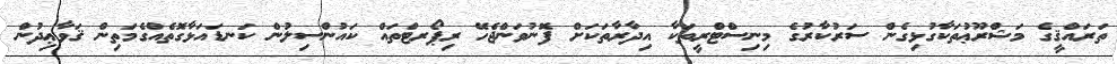
ތަރައްޤީގެ މަޝްރޫޢުތަކާގުޅިގެން ސަރުކާރުގެ މިނިސްޓްރީތަކާ އިދާރާތަކަށް ފޮނުވަންޖެހޭ ރިޕޯރޓްތައް ކައުންސިލުން ކަނޑައަޅާގޮތެއްގެމަތިން ޤަވާޢިދުން